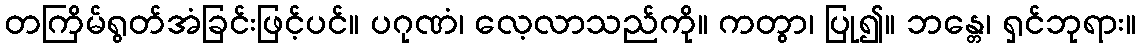
တကြိမ်ရွတ်အံခြင်းဖြင့်ပင်။ ပဂုဏံ၊ လေ့လာသည်ကို။ ကတွာ၊ ပြု၍။ ဘန္တေ၊ ရှင်ဘုရား။